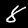
Digit: 8